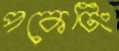
পকেটিং